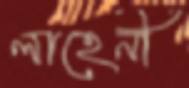
লাহেনী